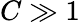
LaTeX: C\gg 1